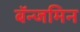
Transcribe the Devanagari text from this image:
बॅन्जमिन